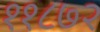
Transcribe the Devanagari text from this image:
११८७२